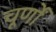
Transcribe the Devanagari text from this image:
चूर्णों